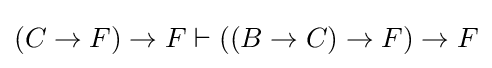
(C\to F)\to F\vdash ((B\to C)\to F)\to F